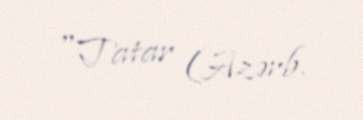
"Tatar (Azərb.